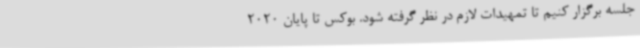
جلسه برگزار کنیم تا تمهیدات لازم در نظر گرفته شود. بوکس تا پایان 2020